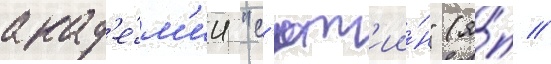
акад'е́м'ии "с'ют'ии́н" (я́п //